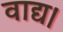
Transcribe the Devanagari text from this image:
वाद्य।